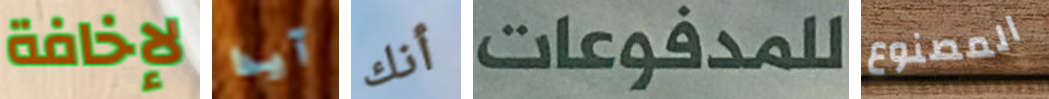
لإخافة آيدا أنك للمدفوعات المصنوع